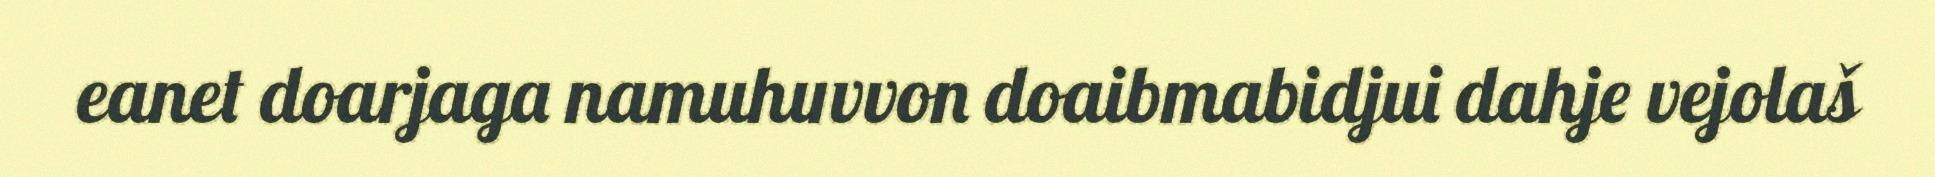
eanet doarjaga namuhuvvon doaibmabidjui dahje vejolaš